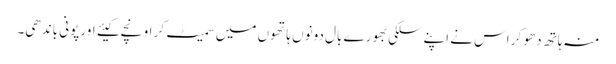
منہ ہاتھ دھو کر اس نے اپنے سلکی بھورے بال دونوں ہاتھوں میں سمیٹ کر اونچے کیئے اور پونی باندھی۔